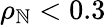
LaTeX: \rho_{\mathbb{N}}<0.3